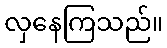
လှနေကြသည်။